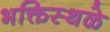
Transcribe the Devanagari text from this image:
भक्तिस्थळे